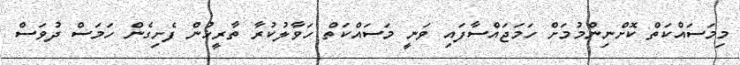
މިމަސައްކަތް ކޮށްނިންމުމަށް ހަމަޖައްސާފައި ވަނީ މަސައްކަތް ހަވާލުކުރާ ތާރީޚުން ފެށިގެން ހަމަސް ދުވަސް